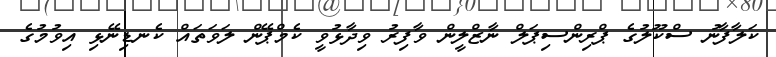
ކަލާފާނު ސްކޫލުގެ ޕްރިންސިޕަލް ނާޒްލީން ވާފިރު ވިދާޅުވީ ކެމްޕޭން ލަވަތައް ކެނޑިނޭޅި އިވުމުގެ